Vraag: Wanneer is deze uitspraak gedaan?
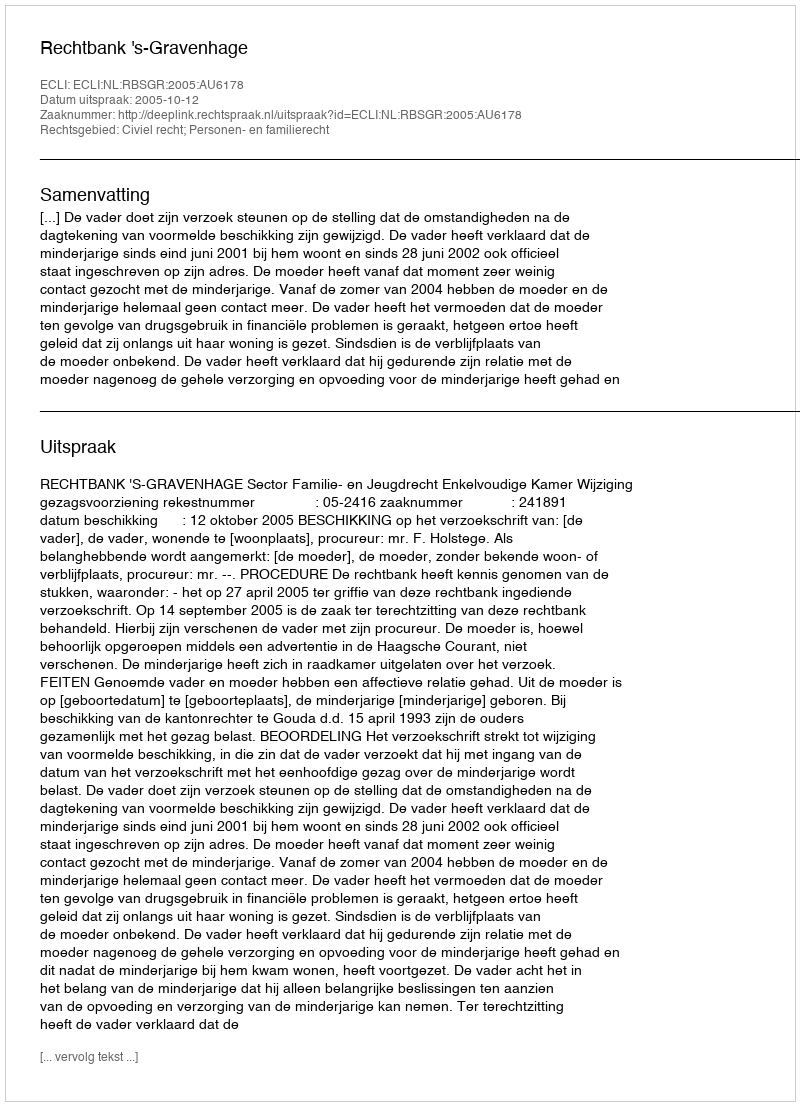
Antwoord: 2005-10-12